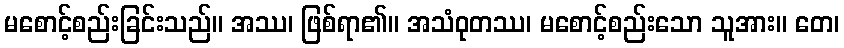
မစောင့်စည်းခြင်းသည်။ အဿ၊ ဖြစ်ရာ၏။ အသံဝုတဿ၊ မစောင့်စည်းသော သူအား။ တေ၊